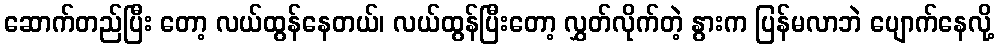
ဆောက်တည်ပြီး တော့ လယ်ထွန်နေတယ်၊ လယ်ထွန်ပြီးတော့ လွှတ်လိုက်တဲ့ နွားက ပြန်မလာဘဲ ပျောက်နေလို့